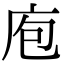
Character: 庖